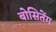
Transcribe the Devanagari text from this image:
बोसितेंग